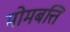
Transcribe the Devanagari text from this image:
मोमबत्ति